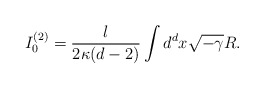
\begin{align*}I_0^{(2)}=\frac{l}{2 \kappa(d-2)} \int d^d x \sqrt{-\gamma} R.\end{align*}